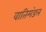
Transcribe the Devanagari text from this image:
वातिमंडल